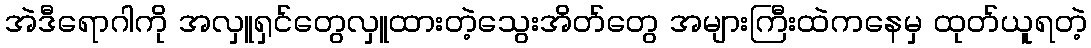
အဲဒီရောဂါကို အလှူရှင်တွေလှူထားတဲ့သွေးအိတ်တွေ အများကြီးထဲကနေမှ ထုတ်ယူရတဲ့